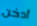
أدخن